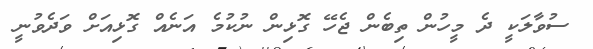
ސުވާލަކީ ދެ މީހުން ތިބެން ޖެހޭ ގޮޅިން ނުކުމެ އަނެއް ގޮޅިއަށް ވަދެވުނީ